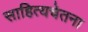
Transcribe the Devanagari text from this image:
साहित्यचेतना